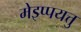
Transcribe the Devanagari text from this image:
मेइप्पयत्तु